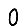
Digit: 0